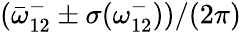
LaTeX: (\bar{\omega}_{12}^{-}\pm\sigma({\omega_{12}^{-}}))/(2\pi)